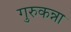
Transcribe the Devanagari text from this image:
गुरुकन्ना